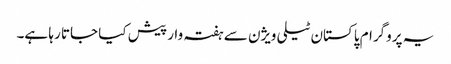
یہ پروگرام پاکستان ٹیلی ویژن سے ہفتہ وار پیش کیا جاتا رہا ہے۔